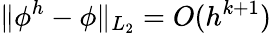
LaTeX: \| \phi^{h}-\phi\| _{L_{2}}=O(h^{k+1})